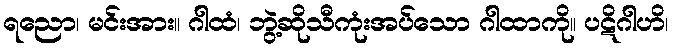
ရညော၊ မင်းအား။ ဂါထံ၊ ဘွဲ့ဆိုသီကုံးအပ်သော ဂါထာကို။ ပဋိဂါဟိ၊